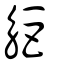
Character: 𧣒